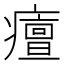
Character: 𤺺